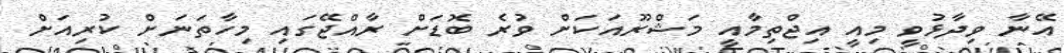
އޭނާ ވިދާޅުވީ މިއީ އިޖްތިމާއީ މަޝްރޫއަކަށް ވުރެ ބޮޑަށް ރާއްޖޭގައި މިހާތަނަށް ކުރިއަށް